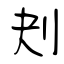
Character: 刔